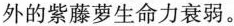
外的紫藤萝生命力衰弱。